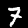
Label: 7